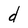
Character: d